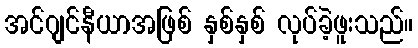
အင်ဂျင်နီယာအဖြစ် နှစ်နှစ် လုပ်ခဲ့ဖူးသည်။